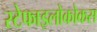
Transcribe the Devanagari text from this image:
स्टेफाइलोकोकस